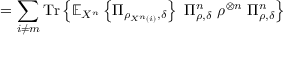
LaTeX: = \sum _ { i \neq m } { \mathrm { T r } } \left\{ \mathbb { E } _ { X ^ { n } } \left\{ \Pi _ { \rho _ { X ^ { n } \left( i \right) } , \delta } \right\} \ \Pi _ { \rho , \delta } ^ { n } \ \rho ^ { \otimes n } \ \Pi _ { \rho , \delta } ^ { n } \right\}